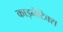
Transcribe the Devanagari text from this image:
काइनेटिक्स